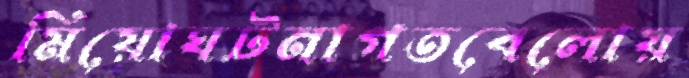
মিয়োঘটনাগতবেলোয়